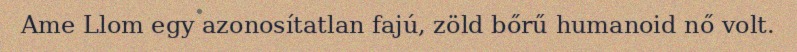
Ame Llom egy azonosítatlan fajú, zöld bőrű humanoid nő volt.